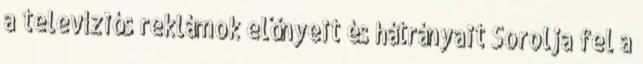
a televíziós reklámok előnyeit és hátrányait Sorolja fel a